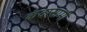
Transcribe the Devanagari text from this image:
कंदासामी